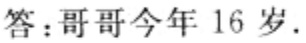
答：哥哥今年 16 岁.